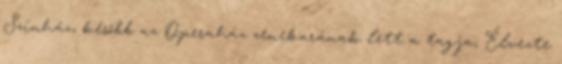
Színház, később az Operaház zenekarának lett a tagja; Élvezte